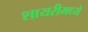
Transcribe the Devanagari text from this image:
शायरीमध्ये